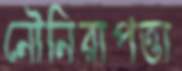
নৌনিরাপত্তা